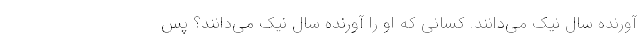
آورنده سال نیک می‌دانند. کسانی که او را آورنده سال نیک می‌دانند؟ پس